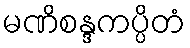
မဏိစန္ဒကပ္ပိတံ